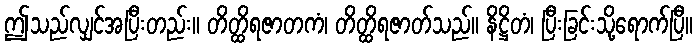
ဤသည်လျှင်အပြီးတည်း။ တိတ္ထိရဇာတကံ၊ တိတ္ထိရဇာတ်သည်။ နိဋ္ဌိတံ၊ ပြီးခြင်းသို့ရောက်ပြီ။